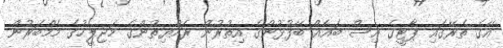
އޭގެ ތެރޭގައި ޕާޓީގެ އިސް ބައެއް ބޭފުޅުންގެ އިތުރުން ރައްޔިތުންގެ މަޖިލީހުގެ މެމްބަރުން